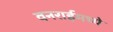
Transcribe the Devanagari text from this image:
वनराईमध्ये